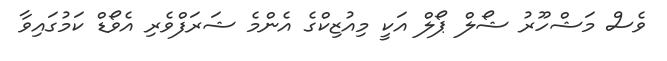
ވެސް މަޝްހޫރު ޝޯލް ޕޯލް އަކީ މިއުޒިކްގެ އެންމެ ޝަރަފްވެރި އެވޯޑް ކަމުގައިވާ